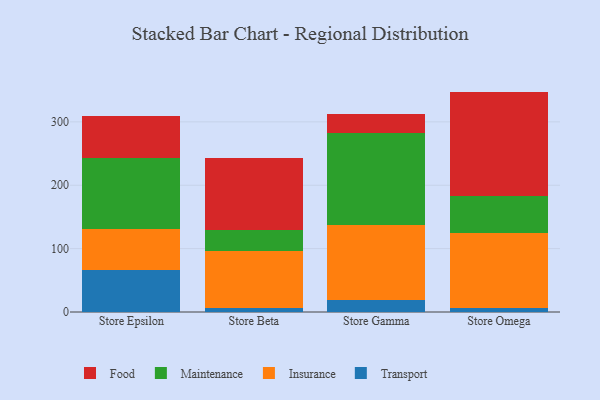
{"axis": {"x": "Store", "y": "Operating Costs (USD K)"}, "legend": ["Food", "Insurance", "Maintenance", "Transport"], "data": [{"x": "Store Epsilon", "y": 65.8, "type": "Transport"}, {"x": "Store Epsilon", "y": 65.0, "type": "Insurance"}, {"x": "Store Epsilon", "y": 112.8, "type": "Maintenance"}, {"x": "Store Epsilon", "y": 65.4, "type": "Food"}, {"x": "Store Beta", "y": 6.1, "type": "Transport"}, {"x": "Store Beta", "y": 90.8, "type": "Insurance"}, {"x": "Store Beta", "y": 32.3, "type": "Maintenance"}, {"x": "Store Beta", "y": 113.3, "type": "Food"}, {"x": "Store Gamma", "y": 18.7, "type": "Transport"}, {"x": "Store Gamma", "y": 118.0, "type": "Insurance"}, {"x": "Store Gamma", "y": 145.3, "type": "Maintenance"}, {"x": "Store Gamma", "y": 30.8, "type": "Food"}, {"x": "Store Omega", "y": 5.7, "type": "Transport"}, {"x": "Store Omega", "y": 119.7, "type": "Insurance"}, {"x": "Store Omega", "y": 57.4, "type": "Maintenance"}, {"x": "Store Omega", "y": 165.0, "type": "Food"}]}